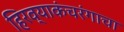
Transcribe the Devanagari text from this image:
हिरव्याकंचरंगाचा